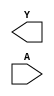
module sky130_fd_sc_hd__clkinvlp (
    Y,
    A
);

    output Y;
    input  A;

    // Voltage supply signals
    supply1 VPWR;
    supply0 VGND;
    supply1 VPB ;
    supply0 VNB ;

endmodule